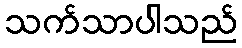
သက်သာပါသည်